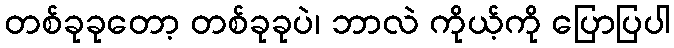
တစ်ခုခုတော့ တစ်ခုခုပဲ၊ ဘာလဲ ကိုယ့်ကို ပြောပြပါ